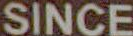
SINCE